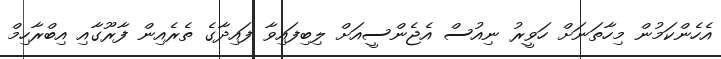
އެހެންކަމުން މިހާތަނަށް ހަވީރު ނިއުސް އެޖެންސީއަށް ލިބިފައިވާ ފައިދާގެ ތެރެއިން ފާރޫގާއި އިބްރާހިމް